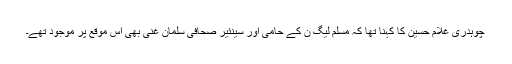
چوہدری غلام حسین کا کہنا تھا کہ مسلم لیگ ن کے حامی اور سینئیر صحافی سلمان غنی بھی اس موقع پر موجود تھے۔